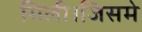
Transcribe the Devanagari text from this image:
मिली।जिसमे